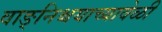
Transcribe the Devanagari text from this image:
वाङ्‌निश्चयाच्यावेळी